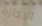
الإجازة